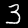
Label: 3